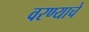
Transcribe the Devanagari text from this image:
वरण्याचे